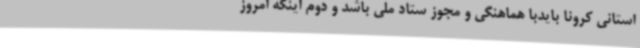
استانی کرونا بایدبا هماهنگی و مجوز ستاد ملی باشد و دوم اینکه امروز